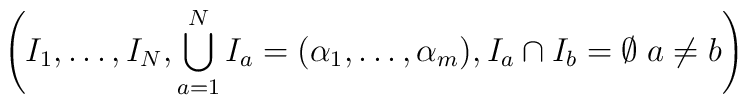
\left( I_1 , \ldots , I_N ,\bigcup\limits^N_{a=1} I_a = ( \alpha_1 , \ldots , \alpha_m) ,I_a \cap I_b = \emptyset \; a \neq b \right)